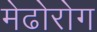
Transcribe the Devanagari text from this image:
मेढोरोग